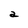
Character: a